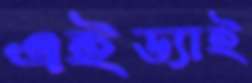
এইড্যাই